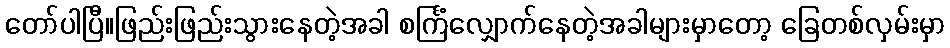
တော်ပါပြီ။ဖြည်းဖြည်းသွားနေတဲ့အခါ စင်္ကြံလျှောက်နေတဲ့အခါများမှာတော့ ခြေတစ်လှမ်းမှာ